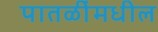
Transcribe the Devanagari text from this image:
पातळींमधील